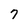
Character: 7